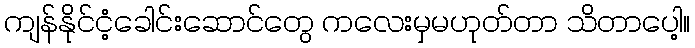
ကျန်နိုင်ငံ့ခေါင်းဆောင်တွေ ကလေးမှမဟုတ်တာ သိတာပေါ့။